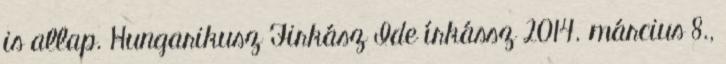
is allap. Hungarikusz Firkász Ide írkássz 2014. március 8.,